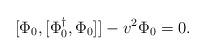
LaTeX: \begin{align*}[\Phi_0, [\Phi^\dagger_0, \Phi_0]] - v^2 \Phi_0 = 0.\end{align*}